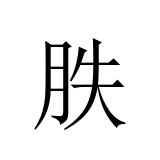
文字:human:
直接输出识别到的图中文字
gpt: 胅